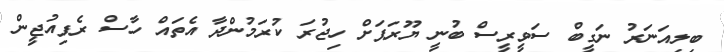
ބިލިއަނަރު ނަގީބް ސަވީރީސް ބުނީ ޔޫރަޕަށް ހިޖުރަ ކުރަމުންދާ އެތައް ހާސް ރެފިއުޖީން